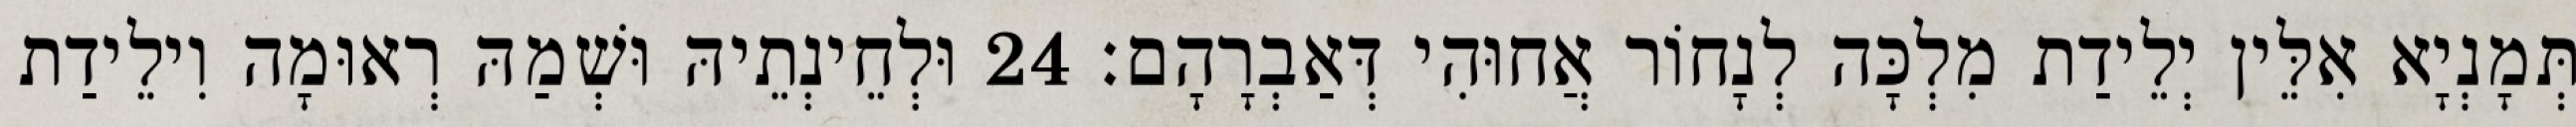
תְּמָנְיָא אִלֵּין יְלֵידַת מִלְכָּה לְנָחוֹר אֲחוּהִי דְּאַבְרָהָם׃ 24 וּלְחֵינְתֵיהּ וּשְׁמַהּ רְאוּמָה וִילֵידַת